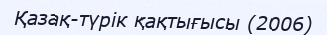
Қазақ-түрік қақтығысы (2006)